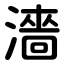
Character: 濇